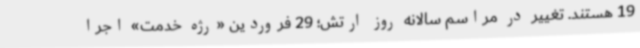
19 هستند. تغییر در مراسم سالانه روز ارتش؛ 29 فروردین «رژه خدمت» اجرا